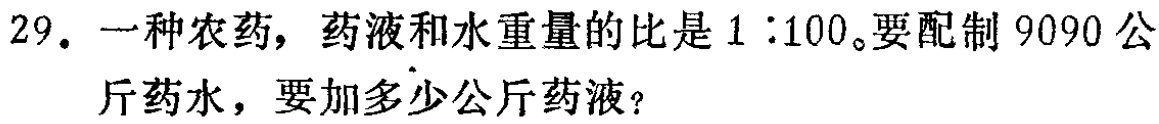
29. 一种农药，药液和水重量的比是$1:100$。要配制$9090$公斤药水，要加多少公斤药液？